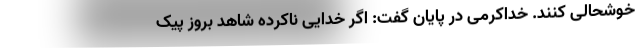
خوشحالی کنند. خداکرمی در پایان گفت: اگر خدایی ناکرده شاهد بروز پیک